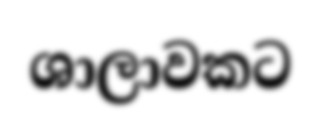
ශාලාවකට